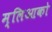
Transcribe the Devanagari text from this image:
म्लिआको